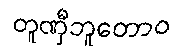
တူဏှီဘူတောဝ